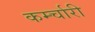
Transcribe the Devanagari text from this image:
कर्म्चारी